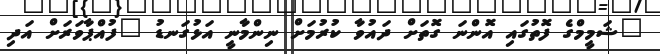
"ޝަމީމްގެ ފޮތުގައި އޮންނަ ގޮތަށް ދައުވާ ކުރުމަށް ނިންމާނީ އަޅުގަނޑު "ފުއްޕާވަރަށް އަދި